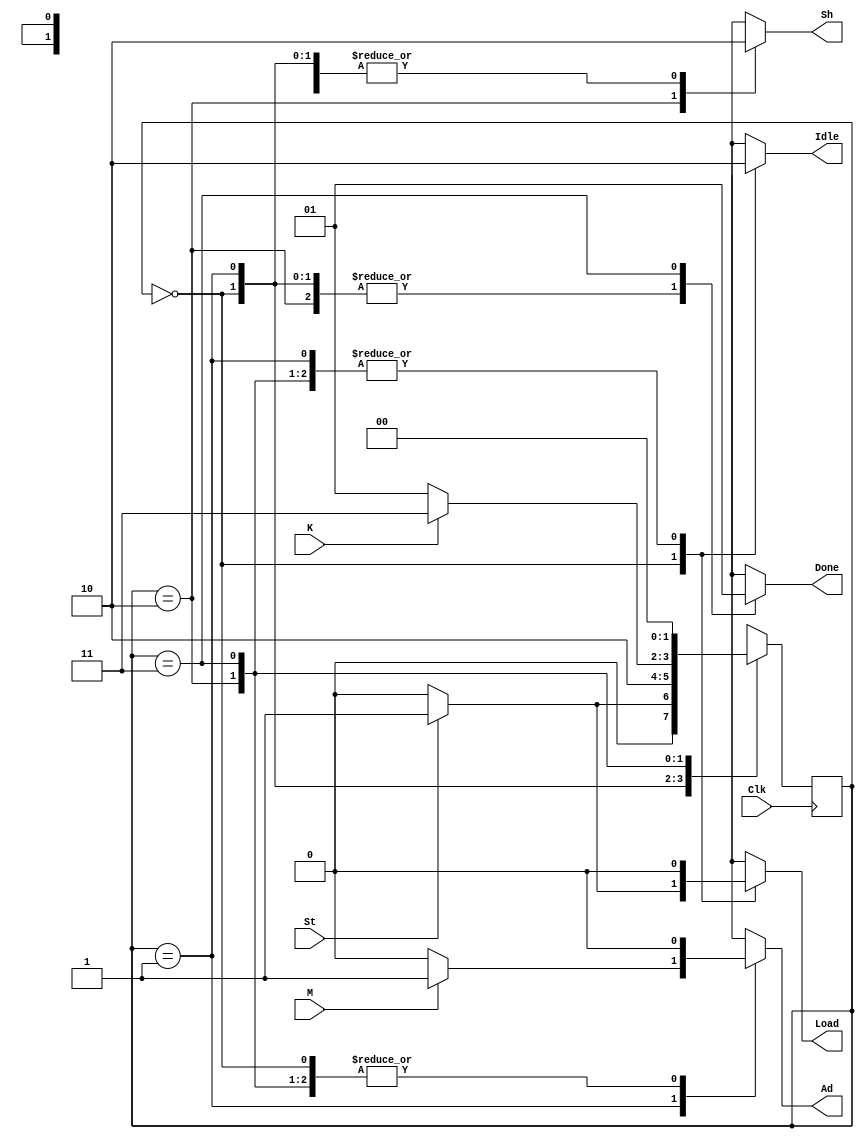
module Control(
	input Clk, St, K, M,
	output reg Idle,
	output reg Done,
	output reg Load,
	output reg Sh,
	output reg Ad
	//output reg [1:0] Aux
	);
	
	
	parameter S0 = 0, S1 = 1, S2 = 2, S3 = 3;
	
	reg [1:0] estAtual;	
	
	//Estado Seguinte
	always @(posedge Clk)
	begin
		case (estAtual)
		S0:
		begin
			if (St == 1) estAtual <= S1;
			else estAtual <= S0;
		end
		
		S1:
			estAtual <= S2;
		
		S2:
		begin
			if (K == 1) estAtual <= S3;
			else estAtual <= S1;
		end
		
		S3:
			estAtual <= S0;
		
		default:
		begin
			estAtual <= S0;
		end
		
		endcase
		
	end
	
	always @(*) 
	begin
		case (estAtual)
		S0:
		begin
			Ad = 0;
			Done = 0;
			Idle = 1;
			Sh = 0;
			if (St == 1) Load  = 1;
			else Load = 0;			
		end
		
		S1:
		begin
			Done = 0;
			Idle = 0;
			Load = 0;
			Sh = 0;
			if (M == 1) Ad = 1;
			else Ad = 0;
		end
		
		S2:
		begin
			Ad = 0;
			Done = 0;
			Idle = 0;
			Load = 0;
			Sh = 1;
		end
		
		S3:
		begin
			Ad = 0;
			Done = 1;
			Idle = 0;
			Load = 0;
			Sh = 0;
		end
		
		default:
		begin
			Ad = 0;
			Done = 0;
			Idle = 1;
			Load = 0;
			Sh = 0;			
		end
		
		endcase
	end
		
endmodule


// Leonardo Cherobim Dutra - 30875
// Max Willian Marcelino da Silva - 2019014470